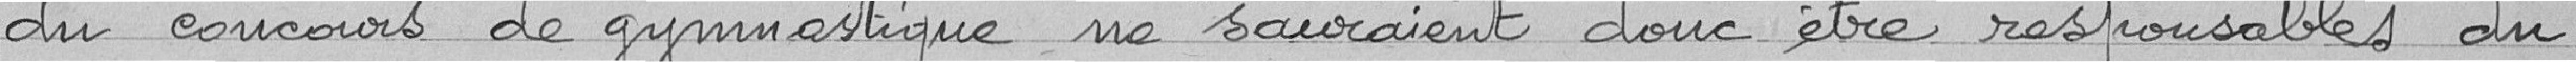
du concours de gymnastique ne sauraient donc être responsables du